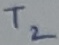
Text: T2